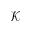
\mathcal { K }